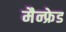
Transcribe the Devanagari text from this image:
मैन्फ्रेड